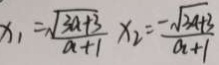
x _ { 1 } = \frac { \sqrt { 3 a + 3 } } { a + 1 } x _ { 2 } = \frac { - \sqrt { 3 a + 3 } } { a + 1 }